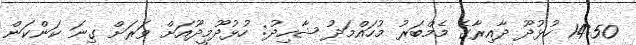
14:50 ހުޅުދޫ ދާއިރާގެ މެމްބަރު މުހައްމަދު ޝާހިދު: ހުޅުދޫމީދޫއަށް ވަރަށް ގިނަ ކަންކަން